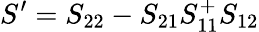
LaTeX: S^{\prime}=S_{22}-S_{21}S_{11}^{+}S_{12}